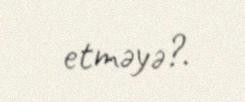
etməyə?.